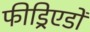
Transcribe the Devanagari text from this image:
फीड्रिएडों